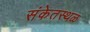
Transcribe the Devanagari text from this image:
संकेतस्‍थळ